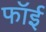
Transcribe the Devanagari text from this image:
फॉई